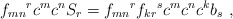
\begin{align*}{f_{mn}}^{r}c^{m}c^{n}S_{r} = {f_{mn}}^{r} {f_{kr}}^{s} c^{m}c^{n}c^{k}b_{s}~,\end{align*}